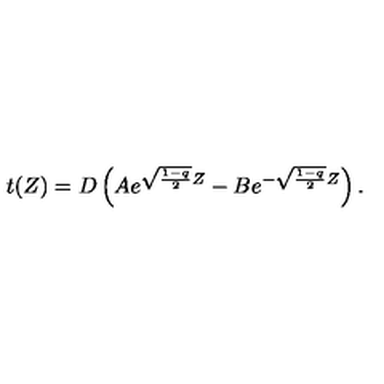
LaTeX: t ( Z ) = D \left( A e ^ { \sqrt { \frac { 1 - q } { 2 } } Z } - B e ^ { - \sqrt { \frac { 1 - q } { 2 } } Z } \right) .